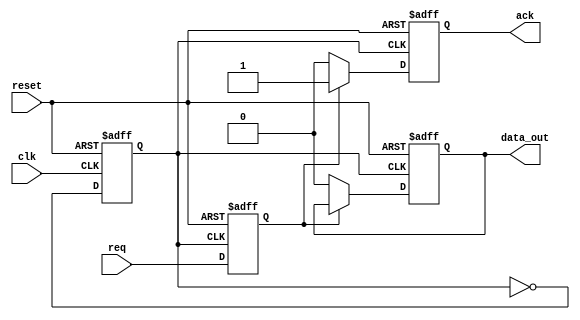
module APB_bus_controller (
    input wire clk,         // Clock signal
    input wire reset,       // Reset signal
    input wire req,         // Data transfer request signal
    output wire ack,        // Acknowledge signal
    output wire data_out    // Output data signal
);

// Timing control and synchronization logic

// Clock signal generation
reg clk_gen;
always @(posedge clk or posedge reset) begin
    if (reset) begin
        clk_gen <= 1'b0;
    end else begin
        clk_gen <= ~clk_gen;
    end
end

// Data transfer request handling
reg req_reg;
always @(posedge clk_gen or posedge reset) begin
    if (reset) begin
        req_reg <= 1'b0;
    end else begin
        req_reg <= req;
    end
end

// Bus arbitration
// Implement bus arbitration logic here

// Timing constraints enforcement
// Implement timing constraints enforcement logic here

// Synchronization mechanisms
// Implement synchronization mechanisms here

// Data transfer and acknowledgement generation
always @(posedge clk_gen or posedge reset) begin
    if (reset) begin
        ack <= 1'b0;
        data_out <= 8'h00;
    end else begin
        if (req_reg) begin
            ack <= 1'b1;
            // Perform data transfer operations here
            // Assign data_out value here
        end else begin
            ack <= 1'b0;
            data_out <= 8'h00;
        end
    end
end

endmodule